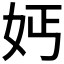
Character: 𡛔